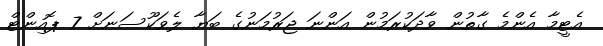
އެޓީމާ އެންމެ ގާތުން ވާދަކުރަމުން އަންނަ ޖަރުމަނުގެ ބަޔާ ލެވަކޫސަނަށް 7 ޕޮއިންޓް